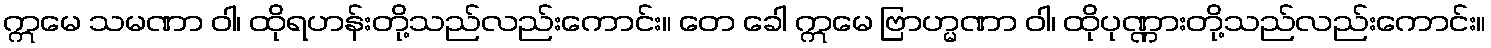
ဣမေ သမဏာ ဝါ၊ ထိုရဟန်းတို့သည်လည်းကောင်း။ တေ ခေါ ဣမေ ဗြာဟ္မဏာ ဝါ၊ ထိုပုဏ္ဏားတို့သည်လည်းကောင်း။